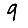
Digit: 9